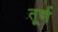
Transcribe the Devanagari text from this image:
तूर्ण